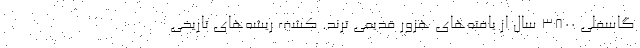
گاسفلی ۳۸۰۰ سال از یافته‌های هزور قدیمی ترند. کشف ریشه‌های تاریخی